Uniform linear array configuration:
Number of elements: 48
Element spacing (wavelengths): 0.5
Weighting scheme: uniform
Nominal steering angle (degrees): -60
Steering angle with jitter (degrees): -61.821
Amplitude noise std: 0.05
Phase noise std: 0.05

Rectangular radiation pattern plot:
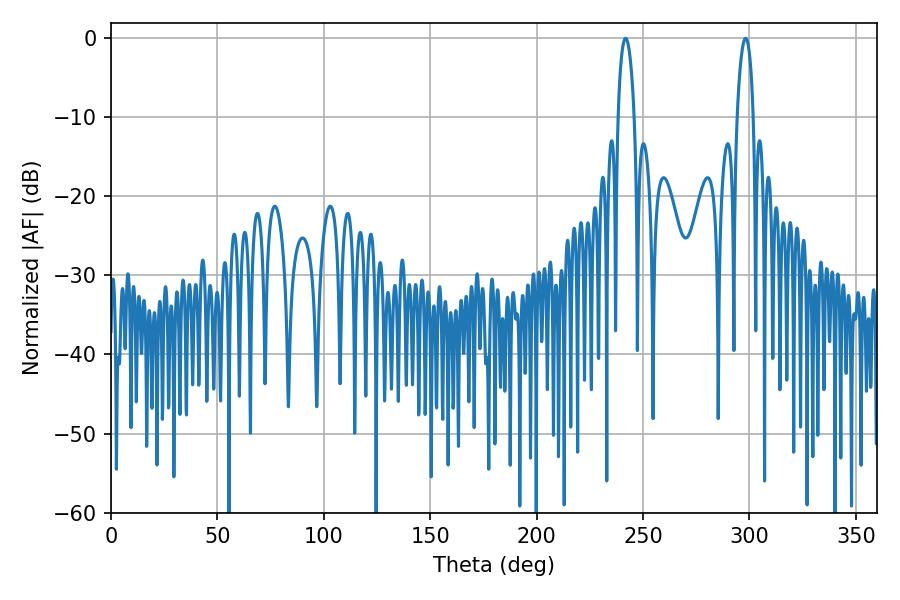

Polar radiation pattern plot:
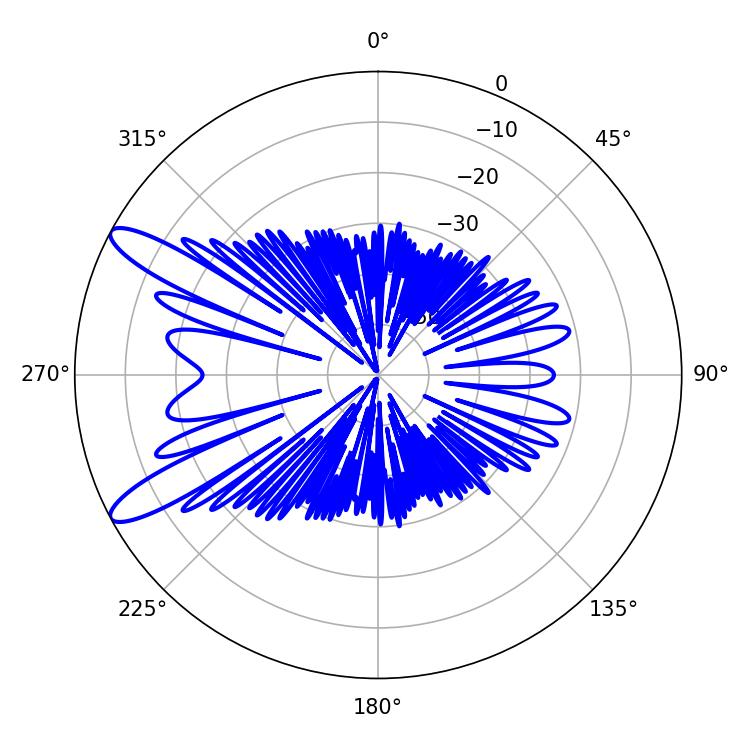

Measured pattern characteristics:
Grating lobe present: FALSE
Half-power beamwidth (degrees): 4.32
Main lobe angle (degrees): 241.74